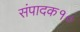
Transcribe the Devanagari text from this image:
संपादक१०